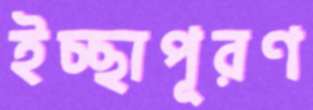
ইচ্ছাপূরণ